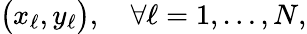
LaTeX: \big(x_{\ell},y_{\ell}\big),\quad\forall\ell=1,\ldots,N,